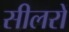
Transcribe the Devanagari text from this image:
सीलरों